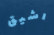
رشيق